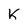
Character: k